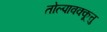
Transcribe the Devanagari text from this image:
तोल्पावक्कूत्तु